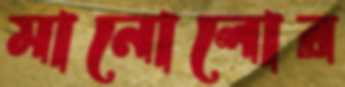
মানোলোর